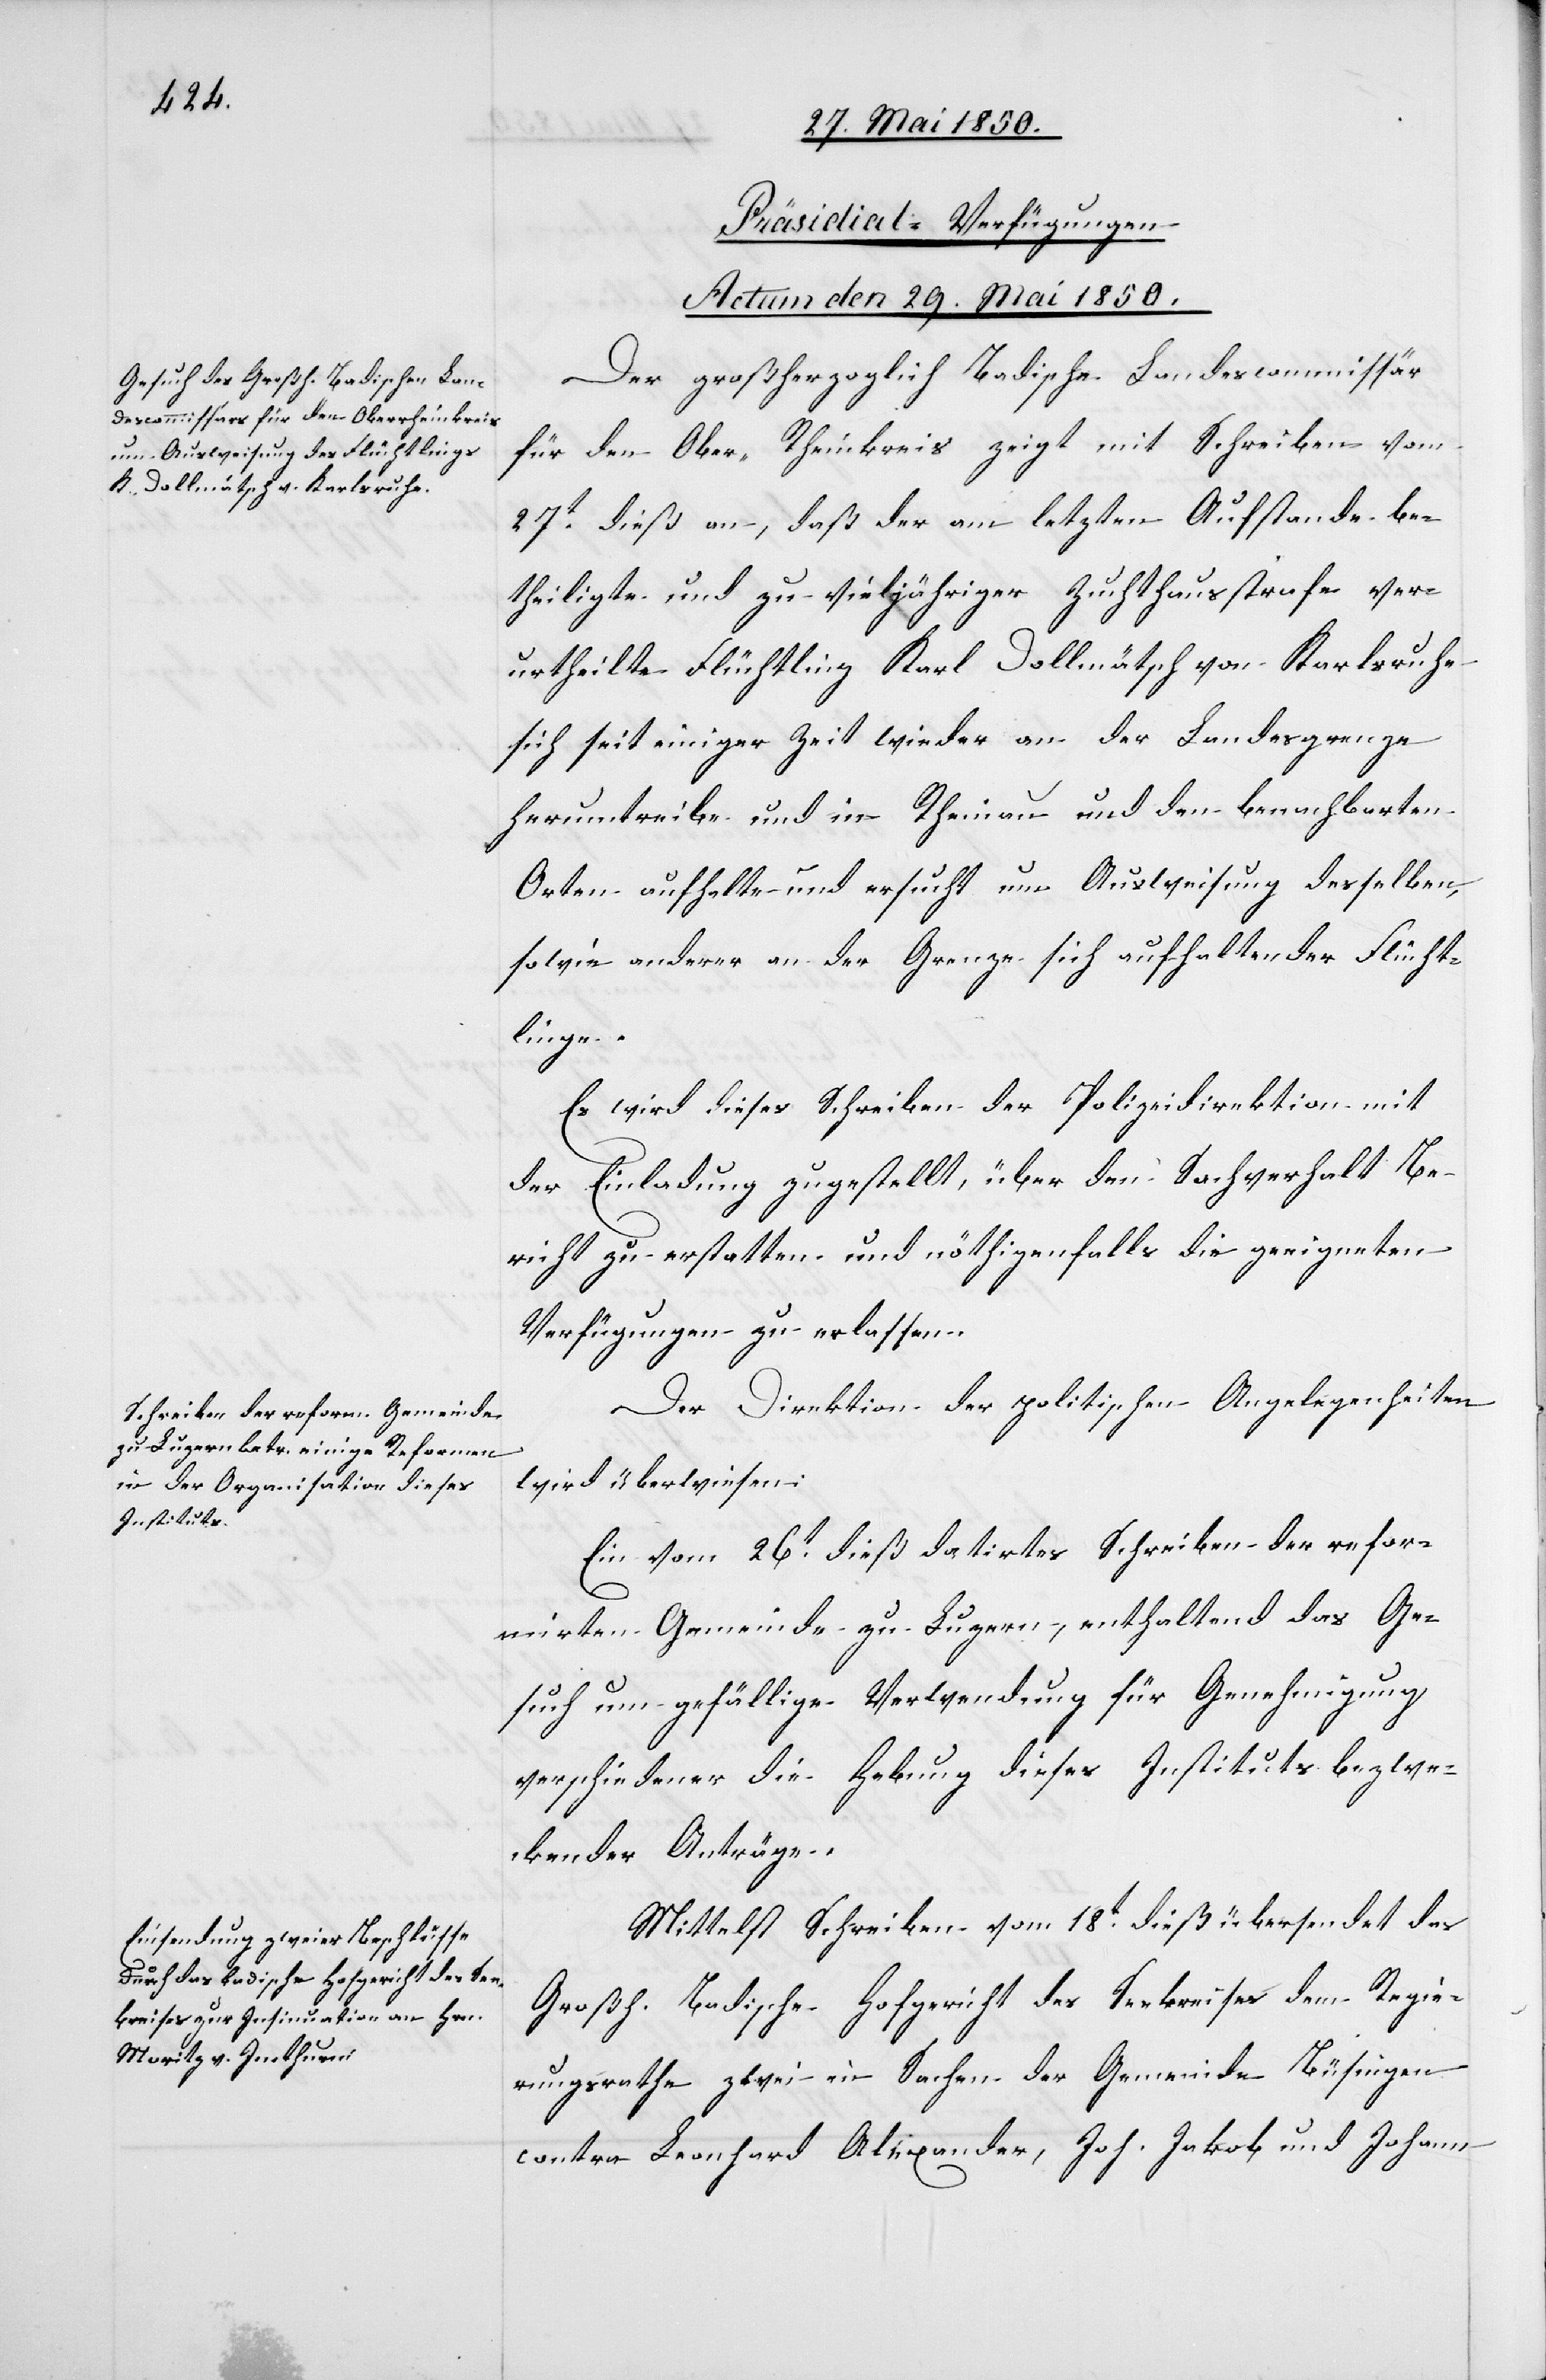
[Präsidial-Verfügungen
Actum den 29. Mai 1850.]
Der großherzoglich Badische Landescommissär
für den Ober-Rheinkreis zeigt mit Schreiben vom
27t dieß an, daß der am letzten Aufstande be¬
theiligte und zu vieljähriger Zuchthausstrafe ver¬
urtheilte Flüchtling Karl Dollmätsch von Karlsruhe
sich seit einiger Zeit wieder an der Landesgrenze
herumtreibe und in Rheinau und den benachbarten
Orten aufhalte und ersucht um Ausweisung desselben,
sowie anderer an der Grenze sich aufhaltender Flücht¬
linge.
Es wird dieses Schreiben der Polizeidirektion mit
der Einladung zugestellt, über den Sachverhalt Be¬
richt zu erstatten und nöthigenfalls die geeigneten
Verfügungen zu erlassen.
Der Direktion der politischen Angelegenheiten
wird überwiesen:
Ein vom 26t dieß datirtes Schreiben der refor¬
mirten Gemeinde zu Luzern, enthaltend das Ge¬
such um gefällige Verwendung für Genehmigung
verschiedener die Hebung dieses Instituts bezwe¬
ckender Anträge.
Mittelst Schreiben vom 18t dieß übersendet das
Großh. Badische Hofgericht des Seekreises dem Regie¬
rungsrathe zwei in Sachen der Gemeinde Büsingen
contra Leonhard Alexander, Joh. Jakob und Johann